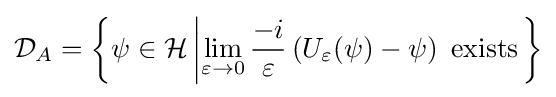
{\mathcal {D}}_{A}=\left\{\psi \in {\mathcal {H}}\left|\lim _{\varepsilon \to 0}{\frac {-i}{\varepsilon }}\left(U_{\varepsilon }(\psi )-\psi \right){\text{ exists}}\right.\right\}